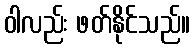
ဝါလည်း ဖတ်နိုင်သည်။